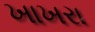
ખાખરા